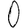
Digit: 0